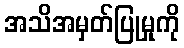
အသိအမှတ်ပြုမှုကို